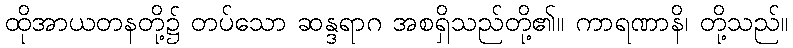
ထိုအာယတနတို့၌ တပ်သော ဆန္ဒရာဂ အစရှိသည်တို့၏။ ကာရဏာနိ၊ တို့သည်။